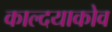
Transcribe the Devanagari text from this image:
काल्दयाकोव